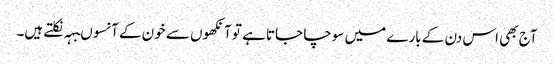
آج بھی اس دن کے بارے میں سوچا جاتا ہے تو آنکھوں سے خون کے آنسوںبہہ نکلتے ہیں۔